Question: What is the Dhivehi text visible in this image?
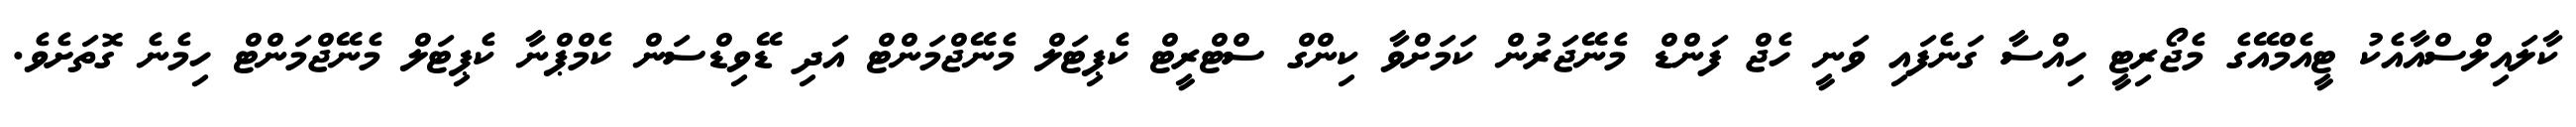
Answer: ކާލައިލްސްއާއެކު ޓީއެމްއޭގެ މެޖޯރިޓީ ހިއްސާ ގަނެފައި ވަނީ ހެޖް ފަންޑް މެނޭޖަރުން ކަމަށްވާ ކިންގް ސްޓްރީޓް ކެޕިޓަލް މެނޭޖްމަންޓް އަދި ޑޭވިޑްސަން ކެމްޕްނާ ކެޕިޓަލް މެނޭޖްމަންޓް ހިމެނެ ގޮތަށެވެ.